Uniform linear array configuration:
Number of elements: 4
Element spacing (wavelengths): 0.5
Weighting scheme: cosine
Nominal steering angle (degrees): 30
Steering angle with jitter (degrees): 29.225
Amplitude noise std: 0.05
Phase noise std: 0.05

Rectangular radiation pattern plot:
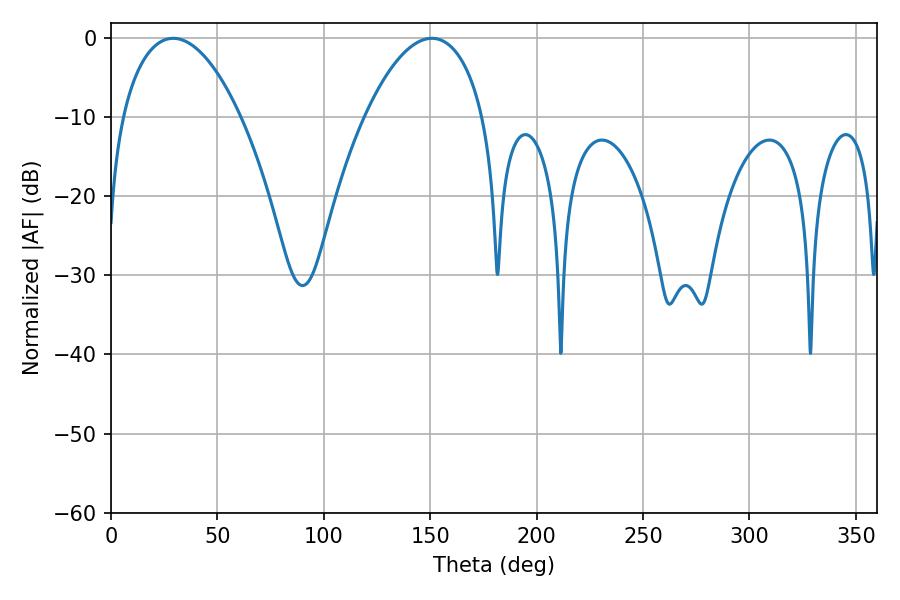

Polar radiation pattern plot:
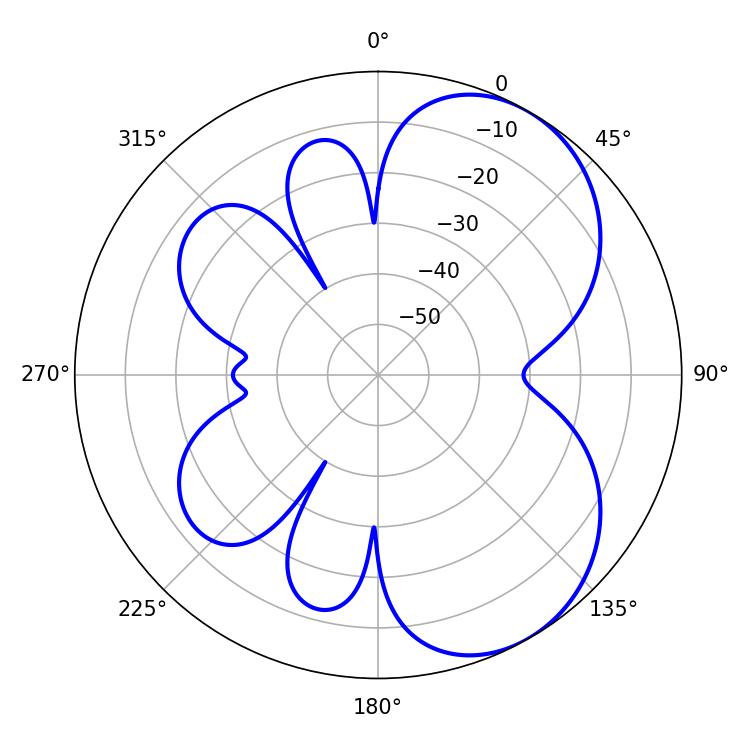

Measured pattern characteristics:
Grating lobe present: FALSE
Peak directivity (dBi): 5.614
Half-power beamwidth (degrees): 31.14
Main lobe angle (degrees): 29.16